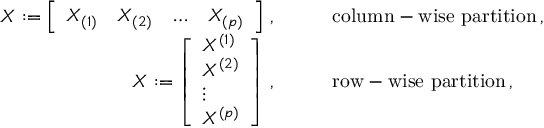
\begin{array} { r l } { X : = \left[ \begin{array} { l l l l } { X _ { ( 1 ) } } & { X _ { ( 2 ) } } & { \ldots } & { X _ { ( p ) } } \end{array} \right] \, , \quad \quad } & { \mathrm { c o l u m n - w i s e ~ p a r t i t i o n } \, , } \\ { X : = \left[ \begin{array} { l } { X ^ { ( 1 ) } } \\ { X ^ { ( 2 ) } } \\ { \vdots } \\ { X ^ { ( p ) } } \end{array} \right] \, , \quad \quad } & { \mathrm { r o w - w i s e ~ p a r t i t i o n } \, , } \end{array}